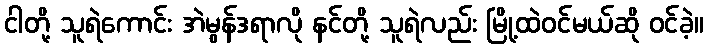
ငါတို့ သူရဲကောင်း အဲမွန်ဒရာလို နင်တို့ သူရဲလည်း မြို့ထဲဝင်မယ်ဆို ဝင်ခဲ့။